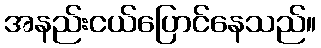
အနည်းငယ်ပြောင်နေသည်။